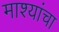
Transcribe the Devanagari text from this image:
माश्यांचा